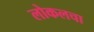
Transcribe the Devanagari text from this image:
लोकलचा